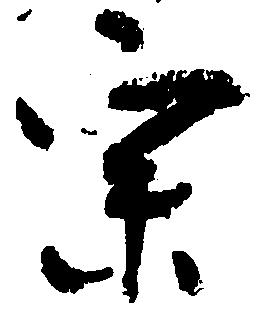
宗